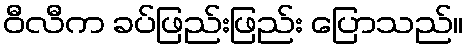
ဝီလီက ခပ်ဖြည်းဖြည်း ပြောသည်။